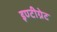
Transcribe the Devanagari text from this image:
इण्टीग्रेट